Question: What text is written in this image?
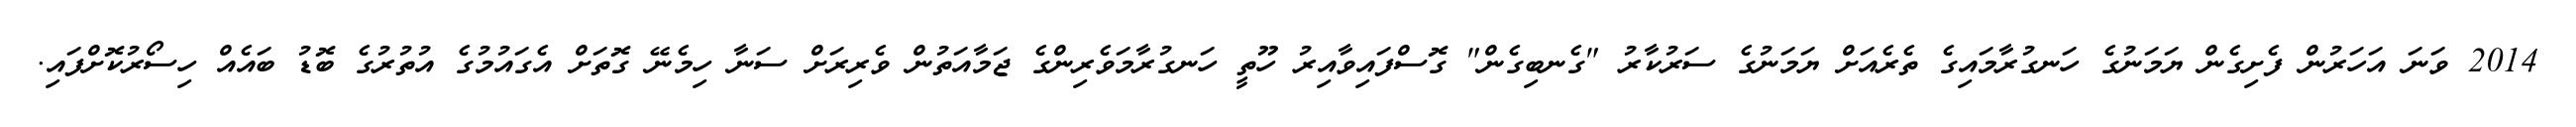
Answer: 2014 ވަނަ އަހަރުން ފެށިގެން ޔަމަނުގެ ހަނގުރާމައިގެ ތެރެއަށް ޔަމަނުގެ ސަރުކާރު "ގެނބިގެން" ގޮސްފައިވާއިރު ހޫތީ ހަނގުރާމަވެރިންގެ ޖަމާއަތުން ވެރިރަށް ސަނާ ހިމެނޭ ގޮތަށް އެގައުމުގެ އުތުރުގެ ބޮޑު ބައެއް ހިސޯރުކޮށްފައި.